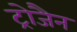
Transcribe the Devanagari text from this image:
ट्रोजैन